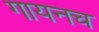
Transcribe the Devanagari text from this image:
गायनच